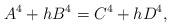
LaTeX: \begin{align*} A^4+hB^4=C^4+hD^4, \end{align*}